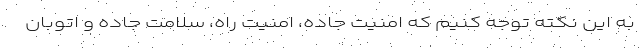
به این نکته توجه کنیم که امنیت جاده، امنیت راه، سلامت جاده و اتوبان